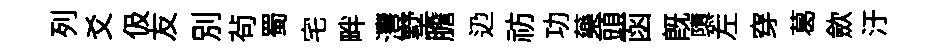
列爻伋友別茍蜀宅畔灃墅膽辸祊功藥頭函旣隳左穿葛歛汙